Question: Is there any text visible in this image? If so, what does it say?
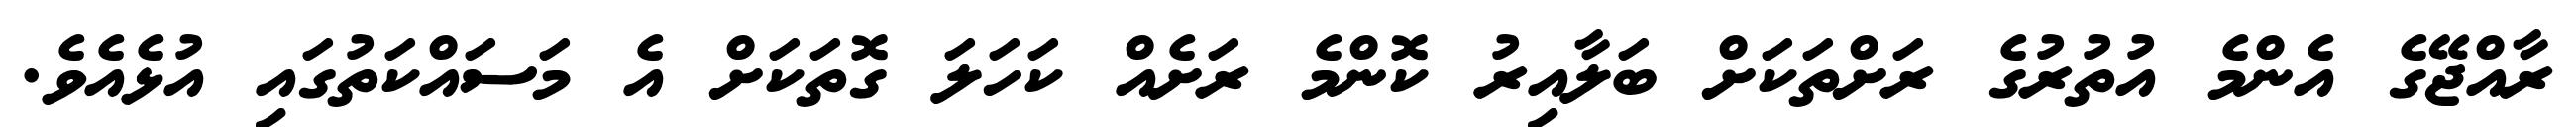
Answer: ރާއްޖޭގެ އެންމެ އުތުރުގެ ރަށްތަކަށް ބަލާއިރު ކޮންމެ ރަށެއް ކަހަލަ ގޮތަކަށް އެ މަސައްކަތުގައި އުޅެއެވެ.